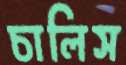
চালিস